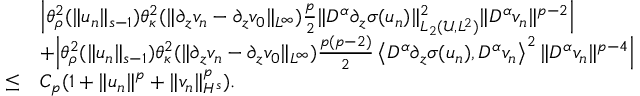
\begin{array} { r l } & { \Big | \theta _ { \rho } ^ { 2 } ( \| u _ { n } \| _ { s - 1 } ) \theta _ { \kappa } ^ { 2 } ( \| \partial _ { z } v _ { n } - \partial _ { z } v _ { 0 } \| _ { L ^ { \infty } } ) \frac p 2 \| D ^ { \alpha } \partial _ { z } \sigma ( u _ { n } ) \| _ { L _ { 2 } ( \mathscr U , L ^ { 2 } ) } ^ { 2 } \| D ^ { \alpha } v _ { n } \| ^ { p - 2 } \Big | } \\ & { + \Big | \theta _ { \rho } ^ { 2 } ( \| u _ { n } \| _ { s - 1 } ) \theta _ { \kappa } ^ { 2 } ( \| \partial _ { z } v _ { n } - \partial _ { z } v _ { 0 } \| _ { L ^ { \infty } } ) \frac { p ( p - 2 ) } { 2 } \left\langle D ^ { \alpha } \partial _ { z } \sigma ( u _ { n } ) , D ^ { \alpha } v _ { n } \right\rangle ^ { 2 } \| D ^ { \alpha } v _ { n } \| ^ { p - 4 } \Big | } \\ { \leq } & { C _ { p } ( 1 + \| u _ { n } \| ^ { p } + \| v _ { n } \| _ { H ^ { s } } ^ { p } ) . } \end{array}